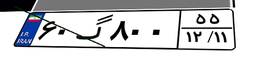
۶۰گ۸۰۰۵۵